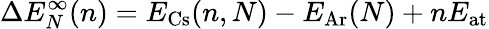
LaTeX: \Delta E_{N}^{\infty}(n)=E_{\mathrm{Cs}}(n,N)-E_{\mathrm{Ar}}(N)+nE_{\mathrm{at}}